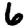
Digit: 6